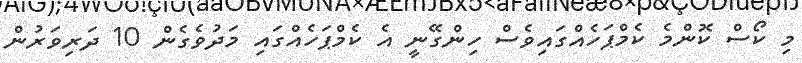
މި ކޯސް ކޮންމެ ކެމްޕަހެއްގައިވެސް ހިންގޭނީ އެ ކެމްޕަހެއްގައި މަދުވެގެން 10 ދަރިވަރުން